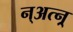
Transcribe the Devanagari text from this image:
न्अत्न्र्